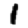
Digit: 1